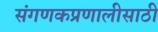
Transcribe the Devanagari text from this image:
संगणकप्रणालीसाठी